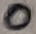
Text: 0